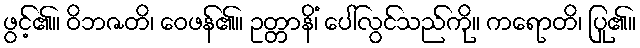
ဖွင့်၏။ ဝိဘဇတိ၊ ဝေဖန်၏။ ဥတ္တာနိံ၊ ပေါ်လွင်သည်ကို။ ကရောတိ၊ ပြု၏။